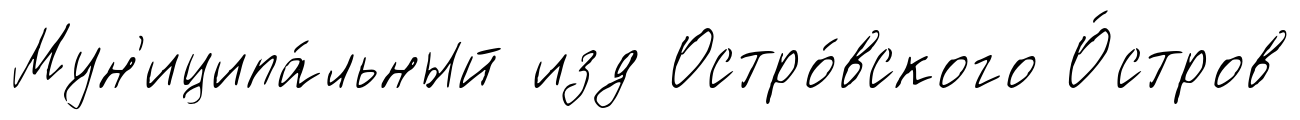
Мун'иципа́льный изд Остро́вского О́стров